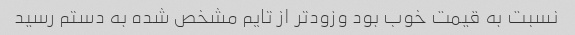
نسبت به قیمت خوب بود وزودتر از تایم مشخص شده به دستم رسید